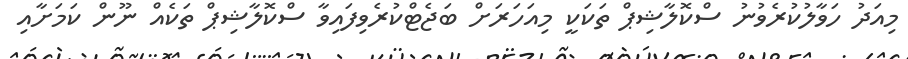
މިއަދު ހަވާލުކުރެވުނު ސްކޮލާޝިޕް ތަކަކީ މިއަހަރަށް ބަޖެޓްކުރެވިފައިވާ ސްކޮލާޝިޕް ތަކެއް ނޫން ކަމަށާއި